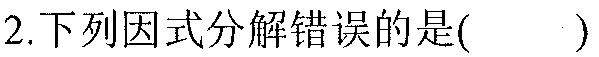
2.下列因式分解错误的是(  )